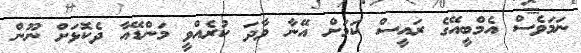
ނަމަވެސް އެމްބީއޭގެ ރައީސް ކަމަށް އޭނާ ވާދަ ކުރެއްވީ މަންޑޭއާ ދެކޮޅަށް ނޫން